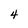
Character: 4